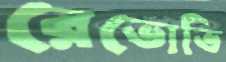
রেভোভি